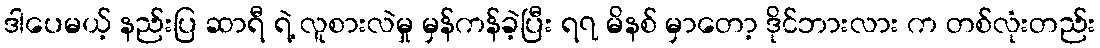
ဒါပေမယ့် နည်းပြ ဆာရီ ရဲ့ လူစားလဲမှု မှန်ကန်ခဲ့ပြီး ရ၇ မိနစ် မှာတော့ ဒိုင်ဘားလား က တစ်လုံးတည်း